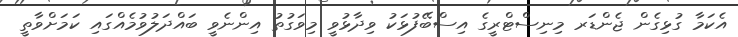
އެކަމާ ގުޅިގެން ޖެންޑަރ މިނިސްޓްރީގެ އިސްބޭފުޅަކު ވިދާޅުވީ މިވަގުތު އިންނެވީ ބައްދަލުވުމެއްގައި ކަމަށްވާތީ